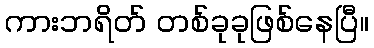
ကားဘရိတ် တစ်ခုခုဖြစ်နေပြီ။